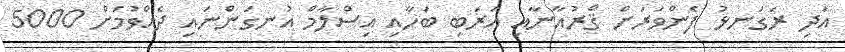
އަދި ރަގަނޅު ފެންވަރަށް ޤްރުއާނާއި އަރަބި ބަހާއި އިސްލާމް އުނގަންނައި ދެއްވުމަށް 5000